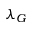
\lambda _ { G }